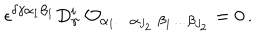
\epsilon ^ { \delta \gamma \alpha _ { 1 } \beta _ { 1 } } D _ { \gamma } ^ { i } \; { \cal O } _ { \alpha _ { 1 } \ldots \alpha _ { J _ { 2 } } \; \beta _ { 1 } \ldots \beta _ { J _ { 2 } } } = 0 \, .